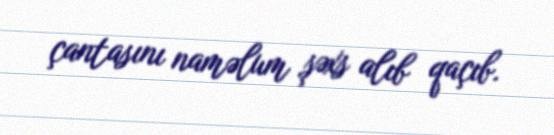
çantasını naməlum şəxs alıb qaçıb.